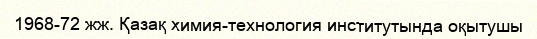
1968-72 жж. Қазақ химия-технология институтында оқытушы